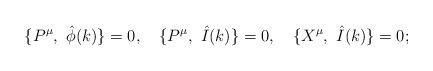
LaTeX: \begin{align*}\{P^\mu ,\ {\hat \phi }(k)\}=0,\quad \{P^\mu ,\ \hat I(k)\}=0,\quad \{X^\mu,\ \hat I(k)\}=0; \end{align*}